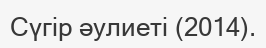
Сүгір әулиеті (2014).